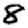
Digit: 8